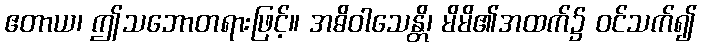
ဧတာယ၊ ဤသဘောတရားဖြင့်။ အဓိဝါသေန္တိ၊ မိမိ၏အထက်၌ ဝင်သက်၍